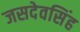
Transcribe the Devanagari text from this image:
जसदेवसिंह